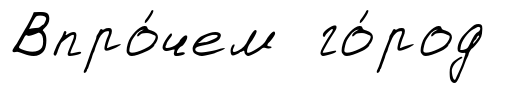
Впро́чем го́род